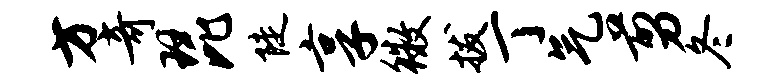
方奇琵陡享徽拔丁气剪冬